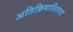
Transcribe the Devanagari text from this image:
अतिक्रियाशिलता